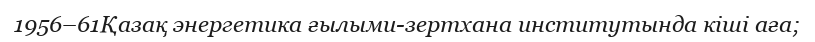
1956–61Қазақ энергетика ғылыми-зертхана институтында кіші аға;